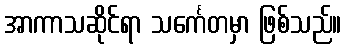
အာကာသဆိုင်ရာ သင်္ကေတမှာ ဖြစ်သည်။